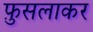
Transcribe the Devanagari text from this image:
फ़ुसलाकर